Annual report of the Punjab Veterinary College and of the Civil Veterinary Department, Punjab - 1894-1908
Year: 1894
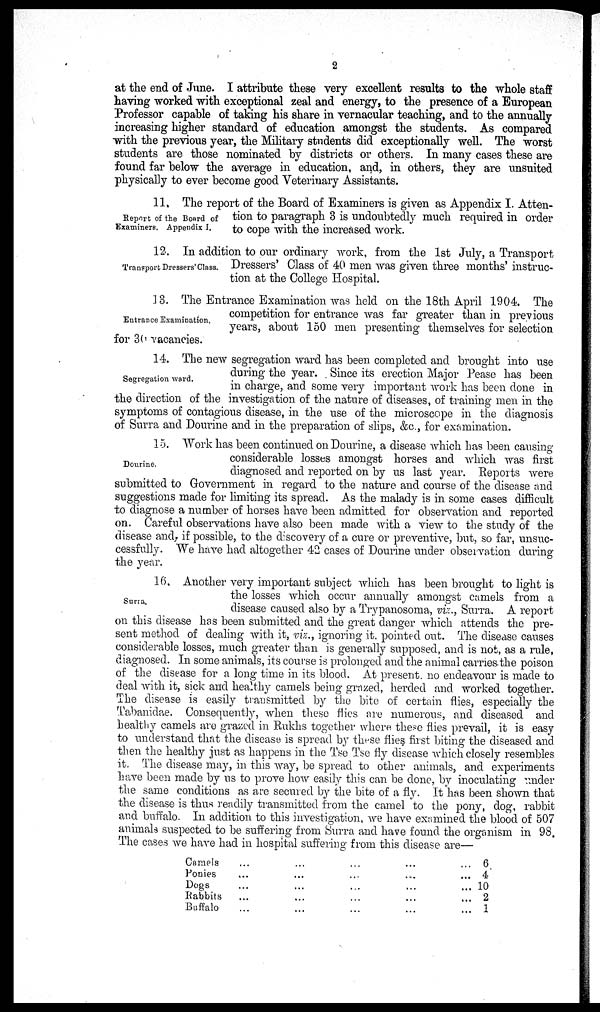
2
at the end of June. I attribute these very excellent results to the whole staff
having worked with exceptional zeal and energy, to the presence of a European
Professor capable of taking his share in vernacular teaching, and to the annually
increasing higher standard of education amongst the students. As compared
with the previous year, the Military students did exceptionally well. The worst
students are those nominated by districts or others. In many cases these are
found far below the average in education, and, in others, they are unsuited
physically to ever become good Veterinary Assistants.
Report of the Board of
Examiners. Appendix I.
11, The report of the Board of Examiners is given as Appendix I. Atten-
tion to paragraph 3 is undoubtedly much required in order
to cope with the increased work.
Transport Dressers' Class.
12. In addition to our ordinary work, from the 1st July, a Transport
Dressers' Class of 40 men was given three months' instruc-
tion at the College Hospital.
Entrance Examination.
13. The Entrance Examination was held on the 18th April 1904. The
competition for entrance was far greater than in previous
years, about 150 men presenting themselves for selection
for 30 vacancies.
Segregation ward.
14. The new segregation ward has been completed and brought into use
during the year. Since its erection Major Pease has been
in charge, and some very important work has been done in
the direction of the investigation of the nature of diseases, of training men in the
symptoms of contagious disease, in the use of the microscope in the diagnosis
of Surra and Dourine and in the preparation of slips, &c, for examination.
Dourine.
15. Work has been continued on Dourine, a disease which has been causing
considerable losses amongst horses and which was first
diagnosed and reported on by us last year. Reports were
submitted to Government in regard to the nature and course of the disease and
suggestions made for limiting its spread. As the malady is in some cases difficult
to diagnose a number of horses have been admitted for observation and reported
on. Careful observations have also been made with a view to the study of the
disease and, if possible, to the discovery of a cure or preventive, but, so far, unsuc-
cessfully. We have had altogether 42 cases of Dourine under observation during
the year.
Surra.
16. Another very important subject which has been brought to light is
the losses which occur annually amongst camels from a
disease caused also by a Trypanosoma, viz., Surra. A report
on this disease has been submitted and the great danger which attends the pre-
sent method of dealing with it, viz., ignoring it. pointed out. The disease causes
considerable losses, much greater than is generally supposed, and is not, as a rule,
diagnosed. In some animals, its course is prolonged and the animal carries the poison
of the disease for a long time in its blood. At present no endeavour is made to
deal with it, sick and healthy camels being grazed, herded and worked together.
The disease is easily transmitted by the bite of certain flies, especially the
Tabanidae. Consequently, when these flies are numerous, and diseased and
healthy camels are grazed in Rukhs together where these flies prevail, it is easy
to understand that the disease is spread by these flies first biting the diseased and
then the healthy just as happens in the Tse Tse fly disease which closely resembles
it. The disease may, in this way, be spread to other animals, and experiments
have been made by us to prove how easily this can be done, by inoculating under
the same conditions as are secured by the bite of a fly. It has been shown that
the disease is thus readily transmitted from the camel to the pony, dog, rabbit
and buffalo. In addition to this investigation, we have examined the blood of 507
animals suspected to be suffering from Surra and have found the organism in 98.
The cases we have had in hospital suffering from this disease are—
Camels
Ponies
Dogs
Rabbits
Buffalo
…
…
…
…
…
…
…
…
…
…
…
…
…
…
…
…
…
…
…
…
... 6
... 4
... 10
... 2
... 1